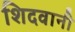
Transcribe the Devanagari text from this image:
शिदवानी